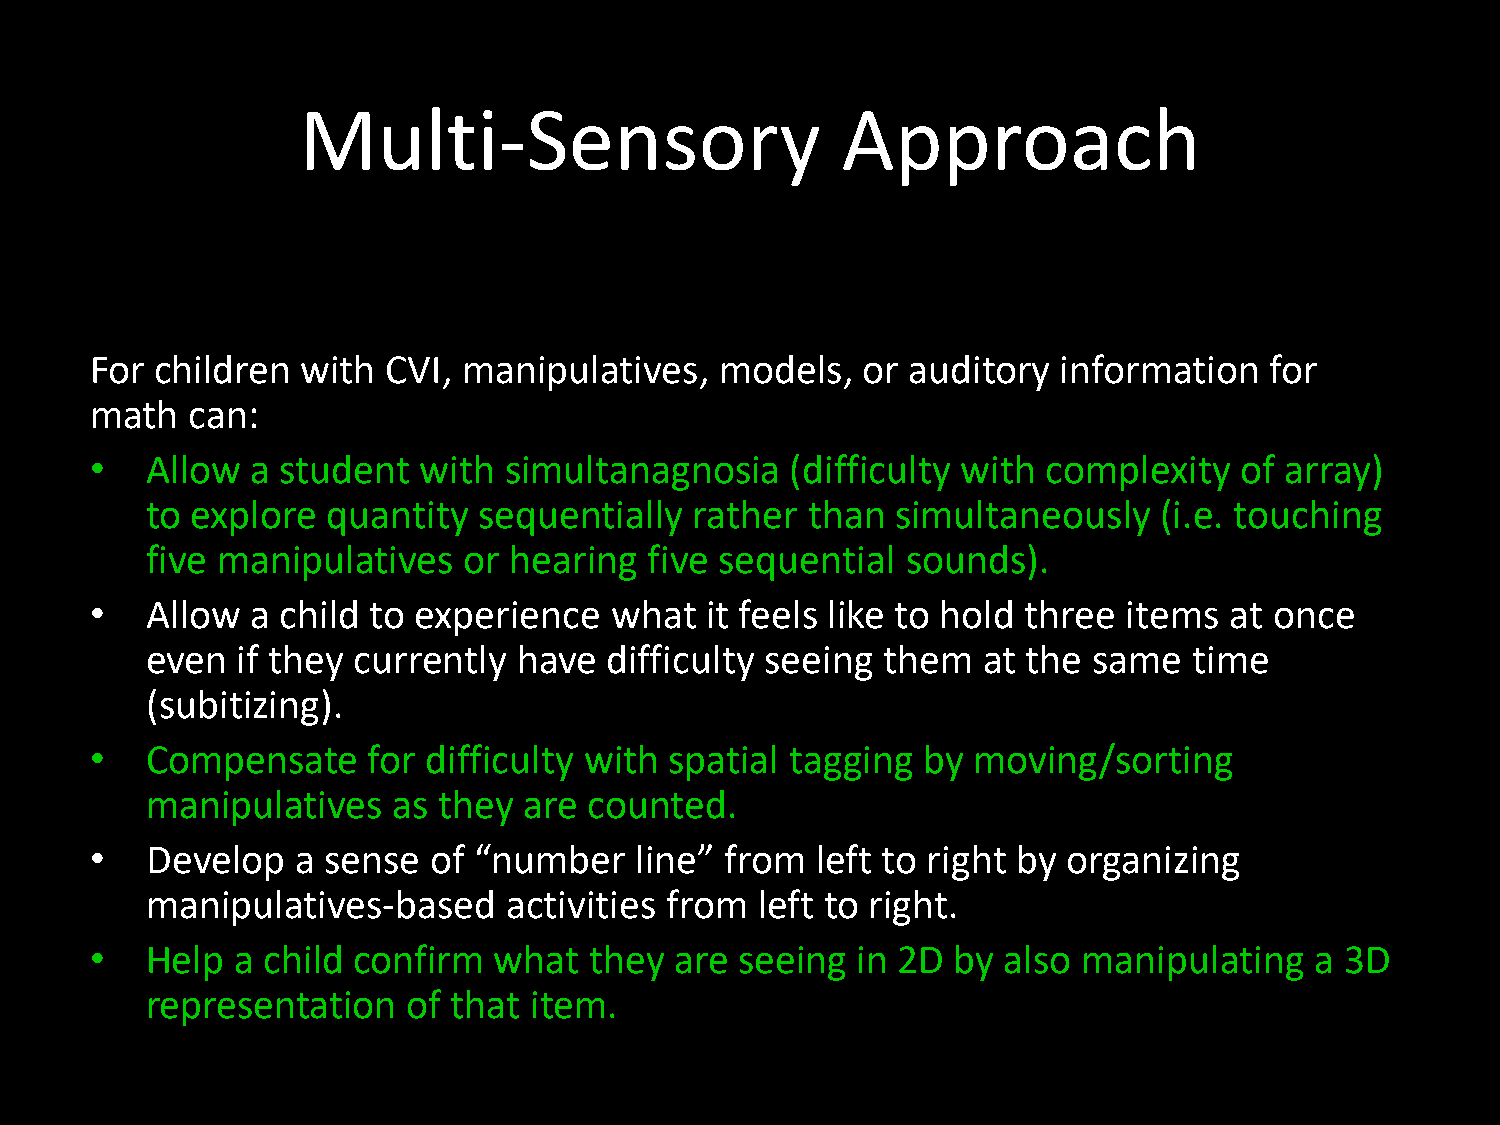
Multi-Sensory                       Approach
 For children  with  CVI, manipulatives,   models,  or auditory  information   for
 math  can:
 •   Allow  a student  with simultanagnosia    (difficulty with complexity   of array)
 to explore  quantity  sequentially  rather than  simultaneously    (i.e. touching
 five manipulatives   or hearing  five sequential  sounds).
 •   Allow  a child to experience  what   it feels like to hold three items at once
 even  if they currently have  difficulty seeing them   at the same   time
 (subitizing).
 •   Compensate    for difficulty with spatial tagging  by moving/sorting
 manipulatives   as they  are counted.
 •   Develop  a sense  of “number    line” from  left to right by organizing
 manipulatives-based     activities from left to right.
 •   Help a child confirm   what  they  are seeing  in 2D by also  manipulating   a 3D
 representation   of that item.